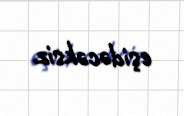
eşidəcəksiz.